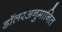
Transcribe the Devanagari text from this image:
डॉलरअनुमानित